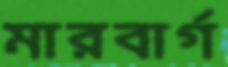
মারবার্গ